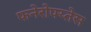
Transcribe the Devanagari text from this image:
फनेरोफ्य्तेस